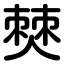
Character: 僰